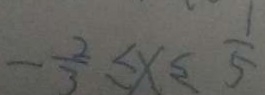
- \frac { 2 } { 3 } \leq x \leq \frac { 1 } { 5 }